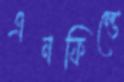
এনফিল্ডে